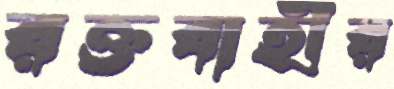
রক্তবাহীর